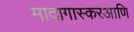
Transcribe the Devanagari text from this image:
मादागास्करआणि